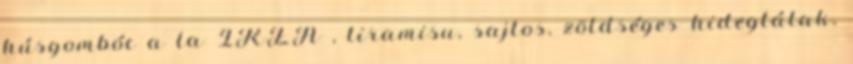
húsgombóc a la IKEA , tiramisu, sajtos, zöldséges hidegtálak,